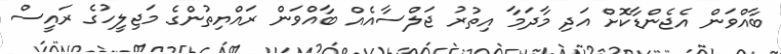
ބާއްވަން އެޖެންޑާކޮށް އަދި މާދަމާ އިތުރު ޖަލްސާއެއް ބާއްވަން ރައްޔިތުންގެ މަޖިލީހުގެ ރައީސް